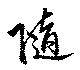
隨